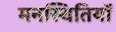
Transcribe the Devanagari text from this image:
मनस्थितियों